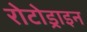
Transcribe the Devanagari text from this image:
रोटोड्राइन